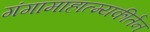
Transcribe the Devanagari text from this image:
गंगामाहात्म्यकीर्तन